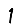
Digit: 1